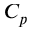
C _ { p }